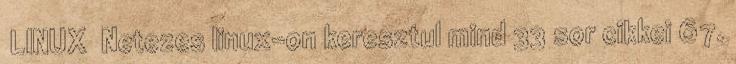
LINUX Netezes linux-on keresztul mind 33 sor cikkei 67.